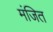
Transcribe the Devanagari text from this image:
मंजित